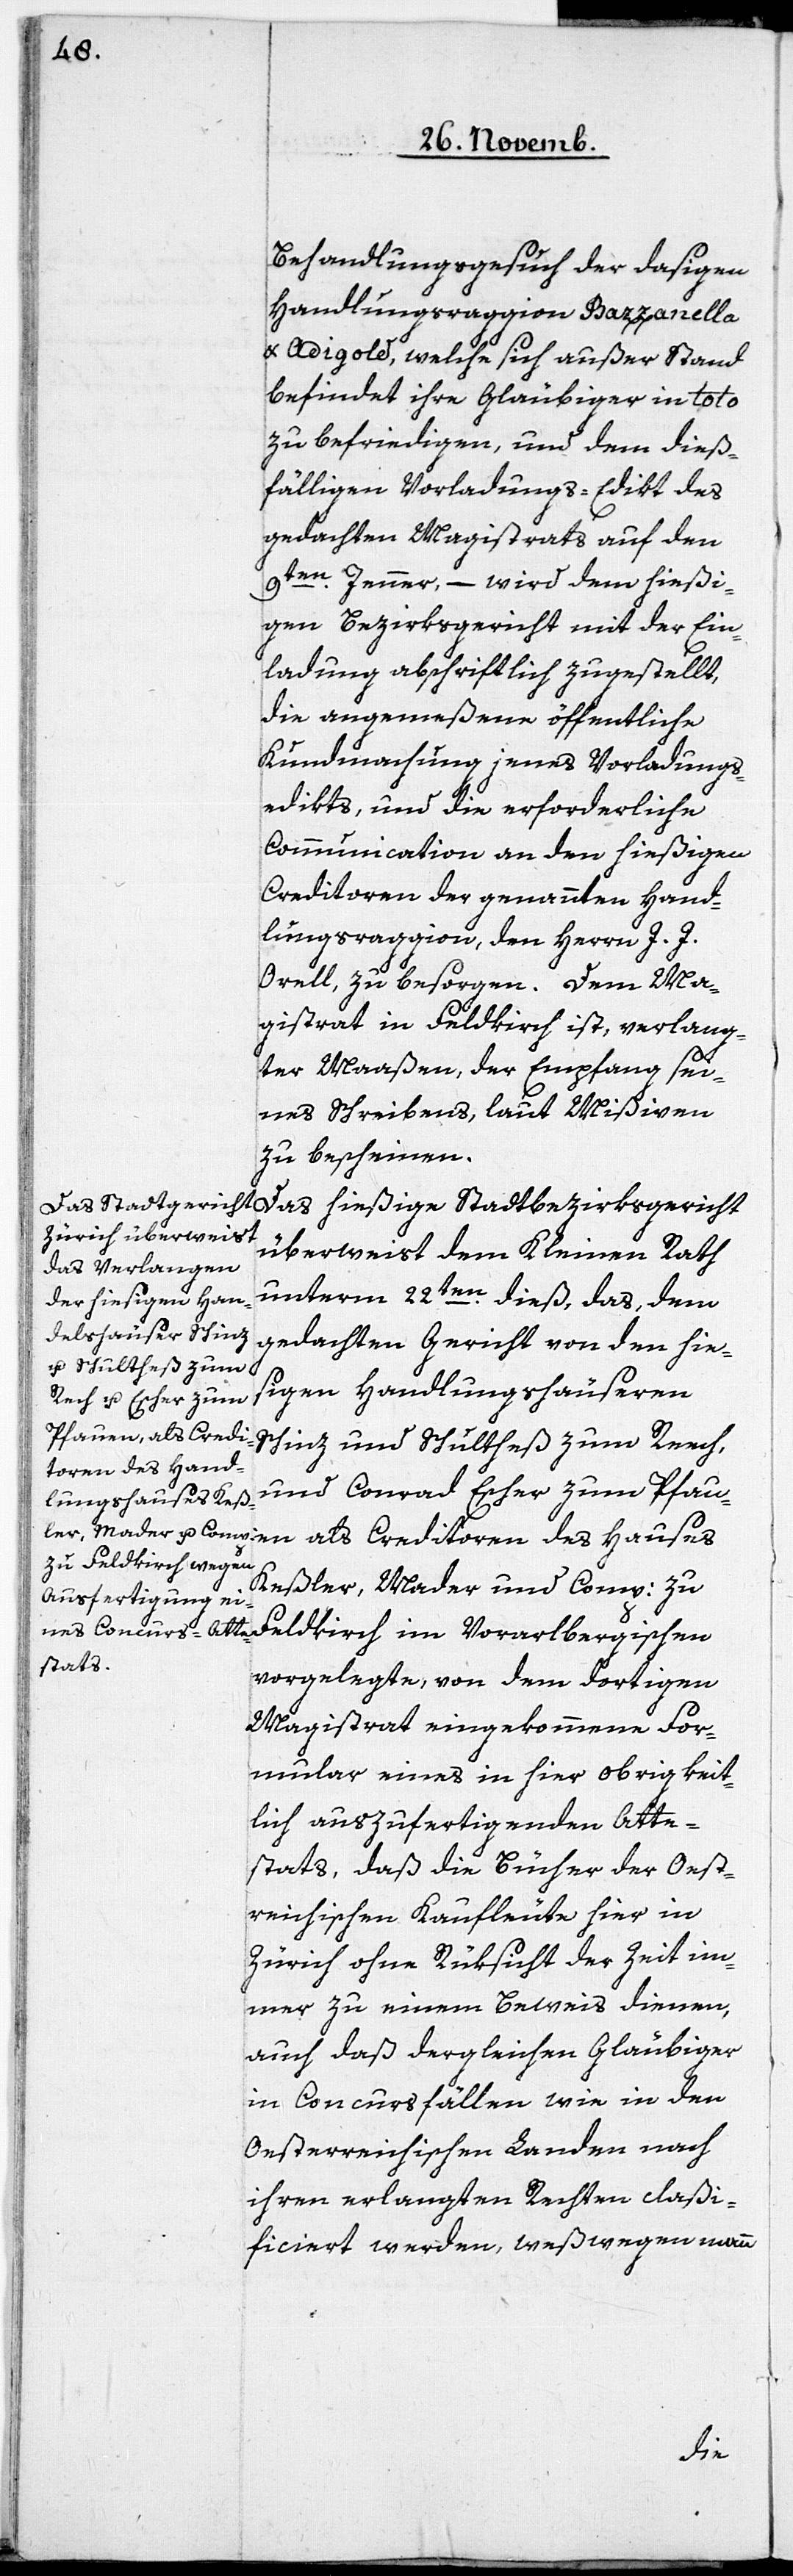
Behandlungsgesuch der dasigen
Handlungsraggion Bazzanella
& Adigold, welche sich außer Stand
befindet ihre Gläubiger in toto
zu befriedigen, und dem dieß¬
fälligen Vorladungs-Edikt des
gedachten Magistrats auf den
9ten. Jenner, – wird dem hießi¬
gen Bezirksgericht mit der Ein¬
ladung abschriftlich zugestellt,
die angemeßene öffentliche
Kundmachung jenes Vorladungs¬
edikts, und die erforderliche
Communication an den hießigen
Creditoren der genannten Hand¬
lungsraggion, den Herrn J. J.
Orell zu besorgen. Dem Ma¬
gistrat in Feldkirch ist, verlang¬
ter Maaßen, der Empfang sei¬
nes Schreibens, laut Mißiven
zu bescheinen.
Das hießige Stadtbezirksgericht
überweist dem Kleinen Rath
unterm 22ten. dieß, das, dem
gedachten Gericht von den hie¬
sigen Handlungshäuseren
auen als Credi¬
Schinz und Schultheß zum Reech
toren des Hauses
und Conrad Escher zum Pf¬
Keßler, Mader und Comp: zu
Feldkirch im Vorarlbergischen
vorgelegte, von dem dortigen
Magistrat eingekommene For¬
mular eines in hier obrigkeit¬
lich auszufertigenden Atte¬
stats, daß die Bücher der Oest[e¬
r]reichischen Kaufleute hier in
Zürich ohne Rüksicht der Zeit im¬
mer zu einem Beweis dienen,
auch daß dergleichen Gläubiger
in Concursfällen wie in den
Oesterreichischen Landen nach
ihren verlangten Rechten claßi¬
ficiert werden, weßwegen mann